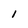
Character: l